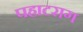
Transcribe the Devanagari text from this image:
पहाटराग